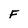
Character: F